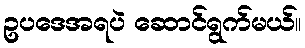
ဥပဒေအရပဲ ဆောင်ရွက်မယ်။